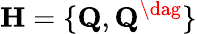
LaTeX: {\mathbf H}=\{ {\mathbf Q},{\mathbf Q}^{\dag}\}